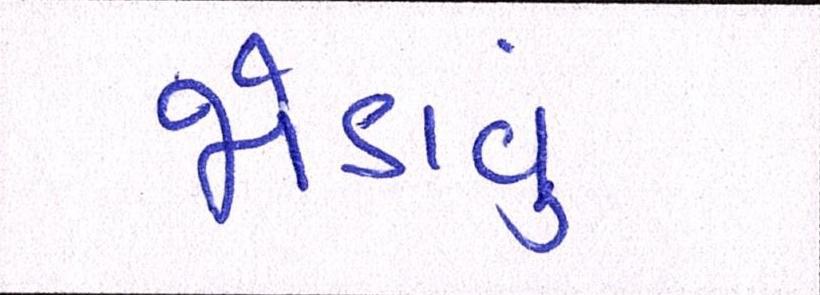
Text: જોડાવું